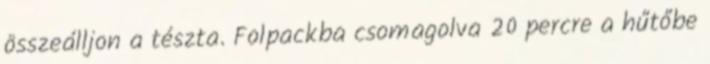
összeálljon a tészta. Folpackba csomagolva 20 percre a hűtőbe